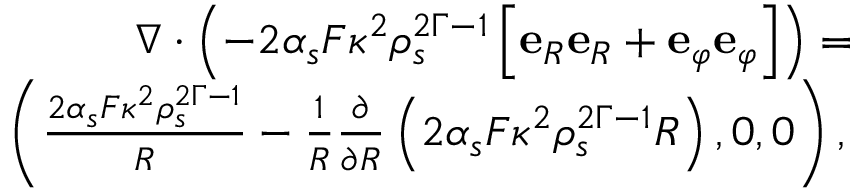
\begin{array} { r l r } & { } & { \left. \nabla \cdot \left( - 2 \alpha _ { s } F \kappa ^ { 2 } \rho _ { s } ^ { 2 \Gamma - 1 } \left[ \mathbf { e } _ { R } \mathbf { e } _ { R } + \mathbf { e } _ { \varphi } \mathbf { e } _ { \varphi } \right] \right) = \right. } \\ & { } & { \left. \left( \frac { 2 \alpha _ { s } F \kappa ^ { 2 } \rho _ { s } ^ { 2 \Gamma - 1 } } { R } - \frac { 1 } { R } \frac { \partial } { \partial R } \left( 2 \alpha _ { s } F \kappa ^ { 2 } \rho _ { s } ^ { 2 \Gamma - 1 } R \right) , 0 , 0 \right) , \right. } \end{array}